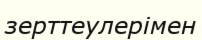
зерттеулерімен